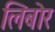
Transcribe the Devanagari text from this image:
लिबोर